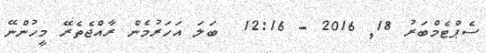
ސެޕްޓެމްބަރު 18